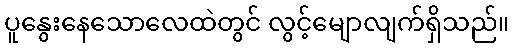
ပူနွေးနေသောလေထဲတွင် လွင့်မျောလျက်ရှိသည်။